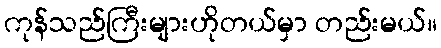
ကုန်သည်ကြီးများဟိုတယ်မှာ တည်းမယ်။